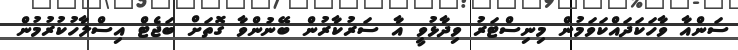
ސަންއާ ވާހަކަދައްކަވަމުން މިނިސްޓަރު ވިދާޅުވީ އާ ސަރުކާރުން ބޭނުންވާ ގޮތަށް ބަޖެޓް އިސްލާހުކުރުމުން